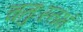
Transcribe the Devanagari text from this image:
चतुःस्तंभं